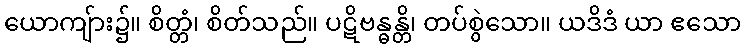
ယောကျ်ား၌။ စိတ္တံ၊ စိတ်သည်။ ပဋိဗန္ဓန္တိ၊ တပ်စွဲသော။ ယဒိဒံ ယာ ဧသော